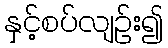
နှင့်စပ်လျဉ်း၍